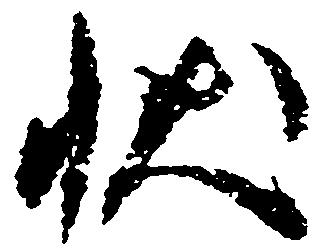
状